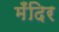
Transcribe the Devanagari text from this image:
मँदिर